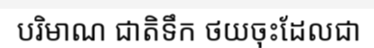
បរិមាណ ជាតិទឹក ថយចុះដែលជា